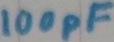
Text: 100pF